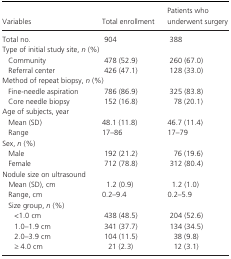
<table><thead><tr><td><b>Variables</b></td><td><b>Total enrollment</b></td><td><b>Patients who underwent surgery</b></td></tr></thead><tbody><tr><td>Total no.</td><td>904</td><td>388</td></tr><tr><td colspan="3">Type of initial study site, <i>n</i> (%)</td></tr><tr><td>Community</td><td>478 (52.9)</td><td>260 (67.0)</td></tr><tr><td>Referral center</td><td>426 (47.1)</td><td>128 (33.0)</td></tr><tr><td colspan="3">Method of repeat biopsy, <i>n</i> (%)</td></tr><tr><td>Fine‐needle aspiration</td><td>786 (86.9)</td><td>325 (83.8)</td></tr><tr><td>Core needle biopsy</td><td>152 (16.8)</td><td>78 (20.1)</td></tr><tr><td colspan="3">Age of subjects, year</td></tr><tr><td>Mean (SD)</td><td>48.1 (11.8)</td><td>46.7 (11.4)</td></tr><tr><td>Range</td><td>17–86</td><td>17–79</td></tr><tr><td colspan="3">Sex, <i>n</i> (%)</td></tr><tr><td>Male</td><td>192 (21.2)</td><td>76 (19.6)</td></tr><tr><td>Female</td><td>712 (78.8)</td><td>312 (80.4)</td></tr><tr><td colspan="3">Nodule size on ultrasound</td></tr><tr><td>Mean (SD), cm</td><td>1.2 (0.9)</td><td>1.2 (1.0)</td></tr><tr><td>Range, cm</td><td>0.2–9.4</td><td>0.2–5.9</td></tr><tr><td colspan="3">Size group, <i>n</i> (%)</td></tr><tr><td>&lt;1.0 cm</td><td>438 (48.5)</td><td>204 (52.6)</td></tr><tr><td>1.0–1.9 cm</td><td>341 (37.7)</td><td>134 (34.5)</td></tr><tr><td>2.0–3.9 cm</td><td>104 (11.5)</td><td>38 (9.8)</td></tr><tr><td>≥ 4.0 cm</td><td>21 (2.3)</td><td>12 (3.1)</td></tr></tbody></table>